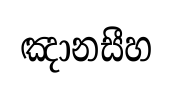
ඤානසීහ